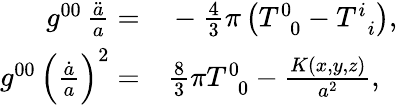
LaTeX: \begin{array}{rl}{g^{00}\, \frac{\ddot{a}}{a}=}&{{}-\frac{4}{3}\pi\left(T_{\, \, \, 0}^{0}-T_{\, \, \, i}^{i}\right),}\\ {g^{00}\, \left(\frac{\dot{a}}{a}\right)^{2}=}&{{}\frac{8}{3}\pi T_{\, \, \, 0}^{0}-\frac{K\left(x,y,z\right)}{a^{2}},}\end{array}